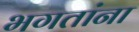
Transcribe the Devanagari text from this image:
भगतांना